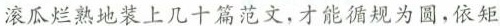
滚瓜烂熟地装上几十篇范文，才能循规为圆，依矩